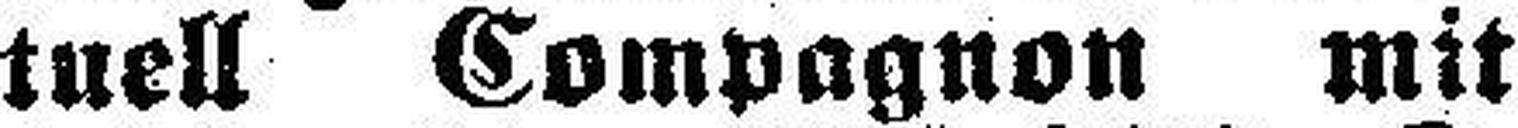
tuell Compagnon mit